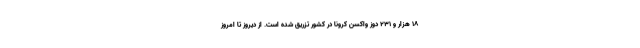
۱۸ هزار و ۲۳۱ دوز واکسن کرونا در کشور تزریق شده است. از دیروز تا امروز